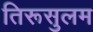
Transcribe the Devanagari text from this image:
तिरूसुलम